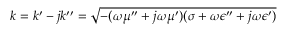
k = k ^ { \prime } - j k ^ { \prime \prime } = { \sqrt { - ( \omega \mu ^ { \prime \prime } + j \omega \mu ^ { \prime } ) ( \sigma + \omega \epsilon ^ { \prime \prime } + j \omega \epsilon ^ { \prime } ) } }